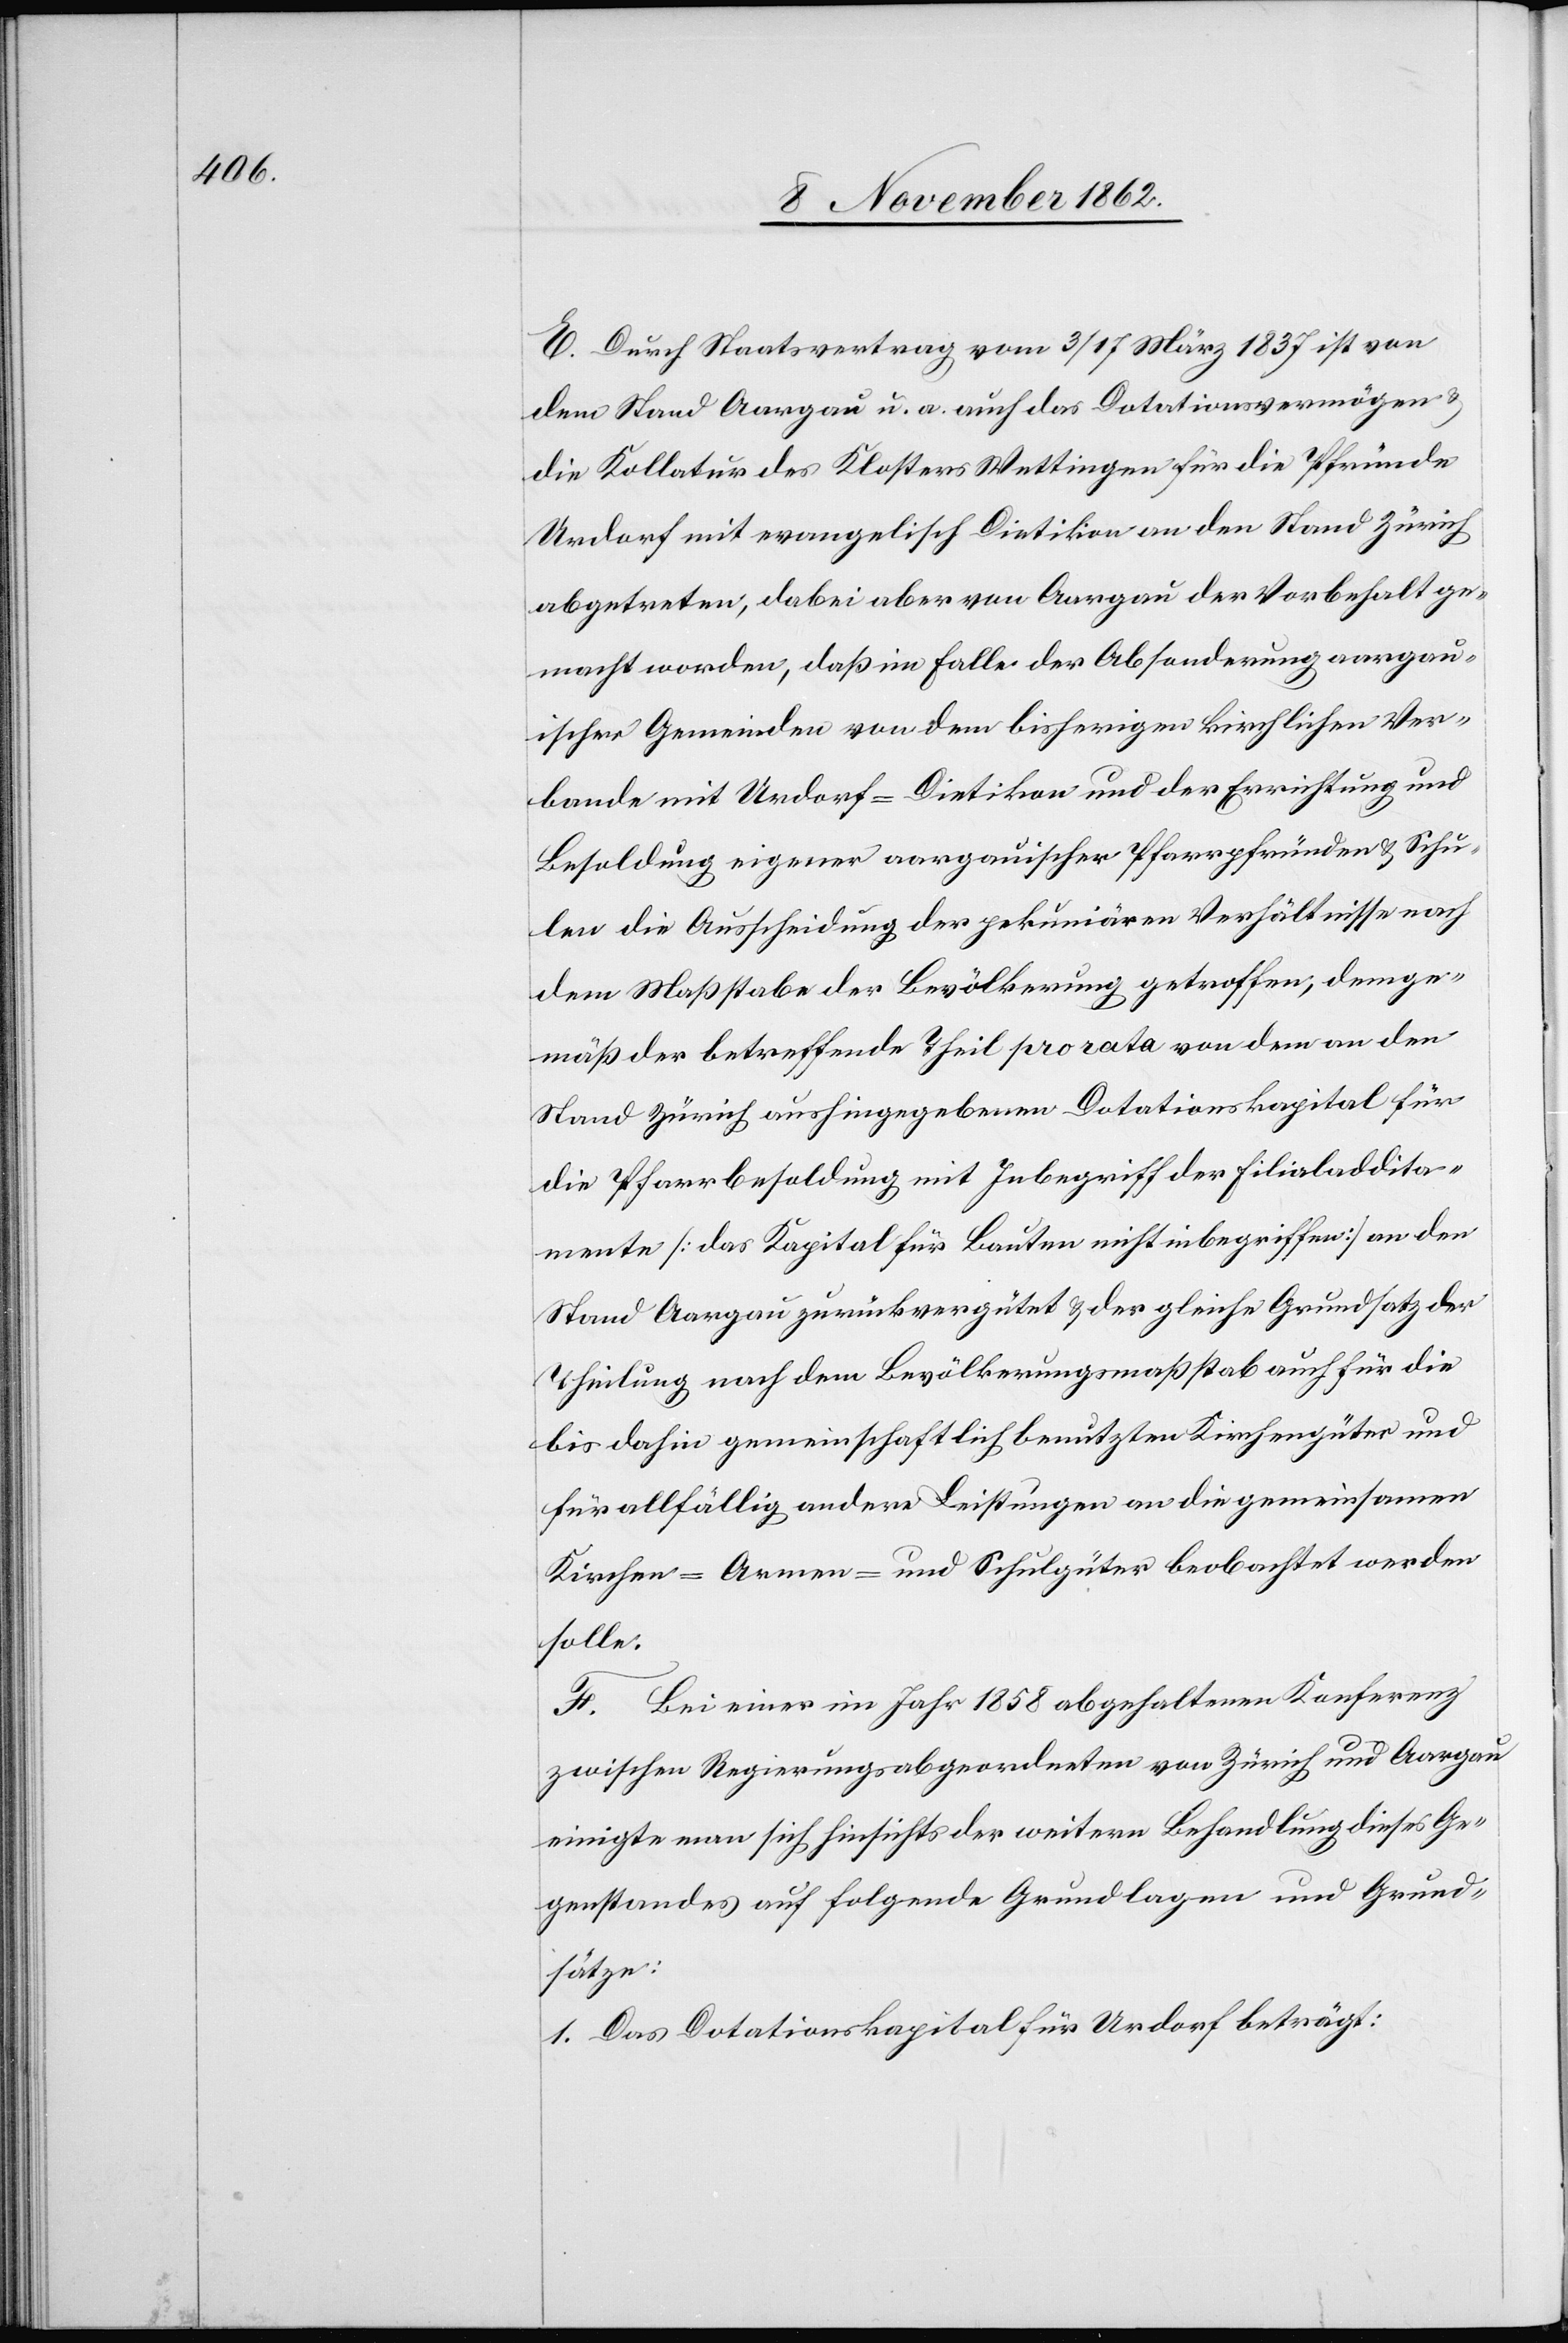
E. Durch Staatsvertrag vom 3./17. März 1837 ist von
dem Stand Aargau u. a. auch das Dotationsvermögen u.
die Kollatur des Klosters Wettingen für die Pfründe
Urdorf mit evangelisch Dietikon an den Stand Zürich
abgetreten, dabei aber von Aargau der Vorbehalt ge¬
macht worden, daß im Falle der Absonderung aargau¬
ischer Gemeinden von dem bisherigen kirchlichen Ver¬
bande mit Urdorf-Dietikon und der Errichtung und
Besoldung eigener aargauischer Pfarrpfründen u. Schu¬
len die Ausscheidung der pekuniären Verhältnisse nach
dem Maßstabe der Bevölkerung getroffen; demge¬
mäß der betreffende Theil pro rata von dem an den
Stand Zürich aushingegebenen Dotationskapital für
die Pfarrbesoldung mit Inbegriff der Filialaddita¬
mente [das Kapital für Bauten nicht inbegriffen] an den
Stand Aargau zurückvergütet u. der gleiche Grundsatz der
Theilung nach dem Bevölkerungsmaßstab auch für die
bis dahin gemeinschaftlich benutzten Kirchengüter und
für allfällige andere Leistungen an die gemeinsamen
Kirchen- Armen- und Schulgüter beobachtet werden
solle.
F. Bei einer im Jahr 1858 abgehaltenen Konferenz
zwischen Regierungsabgeordneten von Zürich und Aargau
einigte man sich hinsichts der weitern Behandlung dieses Ge¬
genstandes auf folgende Grundlagen und Grund¬
sätze:
1. Das Dotationskapital für Urdorf beträgt: